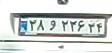
۳۸و۲۲۶۳۴